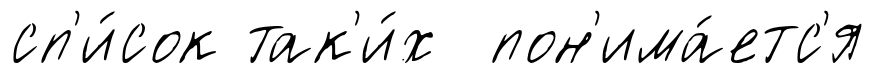
сп'и́сок так'и́х пон'има́етс'я